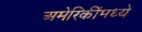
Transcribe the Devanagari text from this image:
अमेरिकींमध्ये